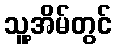
သူ့အိမ်တွင်